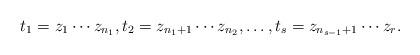
LaTeX: \begin{align*}t_1 = z_1 \cdots z_{n_1}, t_2 = z_{n_1+1} \cdots z_{n_2}, \dots, t_s = z_{n_{s-1}+1} \cdots z_r.\end{align*}